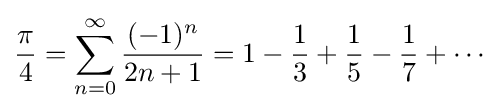
{\frac {\pi }{4}}=\sum _{n=0}^{\infty }{\frac {(-1)^{n}}{2n+1}}=1-{\frac {1}{3}}+{\frac {1}{5}}-{\frac {1}{7}}+\cdots